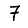
Digit: 7